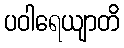
ပဝါရေယျာတိ